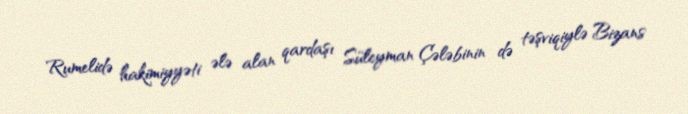
Rumelidə hakimiyyəti ələ alan qardaşı Süleyman Çələbinin də təşviqiylə Bizans